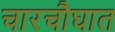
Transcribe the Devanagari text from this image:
चारचौघात